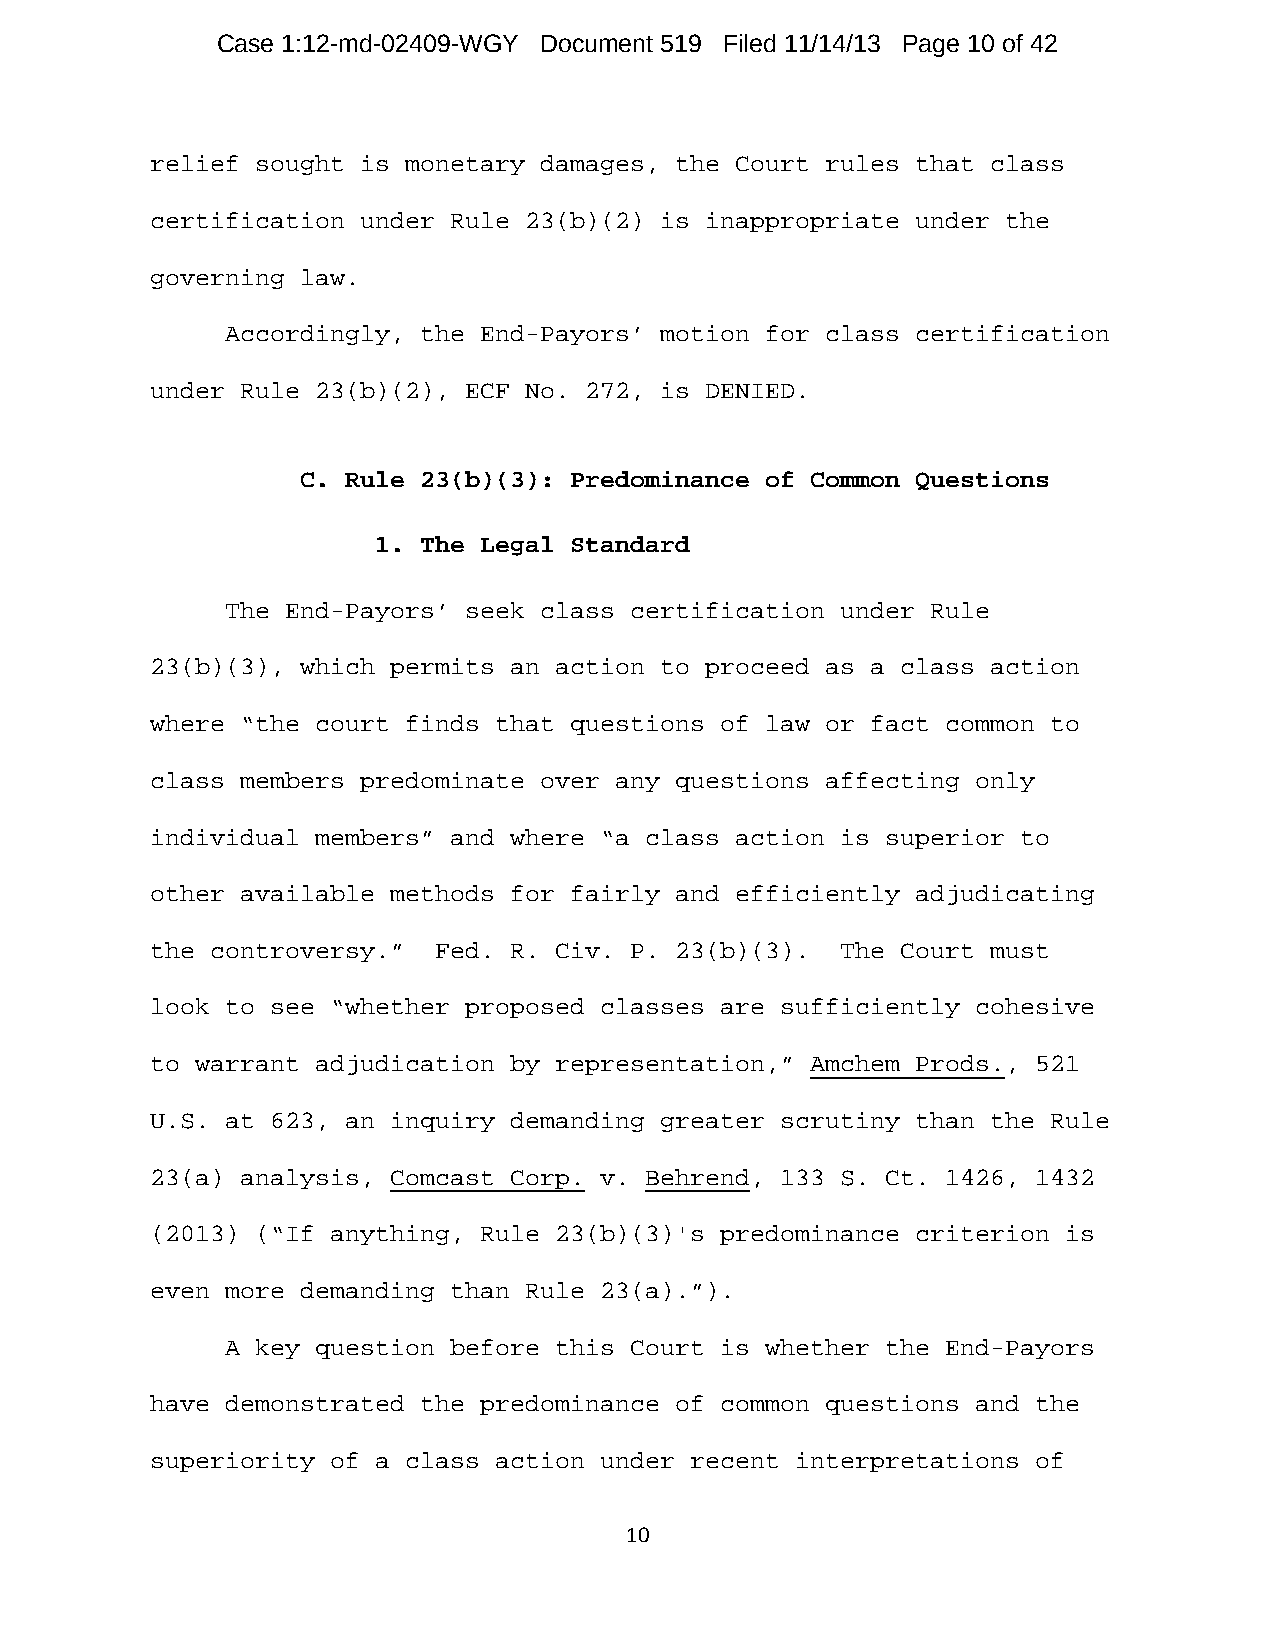
Case 1:12-md-02409-WGY Document 519 Filed 11/14/13 Page 10 of 42
 relief sought is monetary damages, the Court rules that class
 certification under Rule 23(b)(2) is inappropriate under the
 governing law.
 Accordingly, the End-Payors’ motion for class certification
 under Rule 23(b)(2), ECF No. 272, is DENIED.
 C. Rule 23(b)(3): Predominance of Common Questions
 1. The Legal Standard
 The End-Payors’ seek class certification under Rule
 23(b)(3), which permits an action to proceed as a class action
 where “the court finds that questions of law or fact common to
 class members predominate over any questions affecting only
 individual members” and where “a class action is superior to
 other available methods for fairly and efficiently adjudicating
 the controversy.”  Fed. R. Civ. P. 23(b)(3).  The Court must
 look to see “whether proposed classes are sufficiently cohesive
 to warrant adjudication by representation,” Amchem Prods., 521
 U.S. at 623, an inquiry demanding greater scrutiny than the Rule
 23(a) analysis, Comcast Corp. v. Behrend, 133 S. Ct. 1426, 1432
 (2013) (“If anything, Rule 23(b)(3)'s predominance criterion is
 even more demanding than Rule 23(a).”).
 A key question before this Court is whether the End-Payors
 have demonstrated the predominance of common questions and the
 superiority of a class action under recent interpretations of
 10